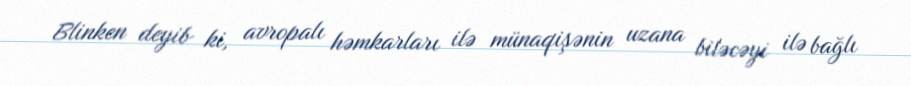
Blinken deyib ki, avropalı həmkarları ilə münaqişənin uzana biləcəyi ilə bağlı